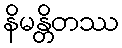
နိမန္တိတဿ